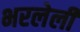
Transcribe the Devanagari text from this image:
भरलेलीं